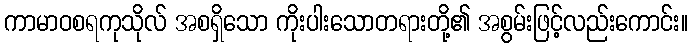
ကာမာဝစရကုသိုလ် အစရှိသော ကိုးပါးသောတရားတို့၏ အစွမ်းဖြင့်လည်းကောင်း။